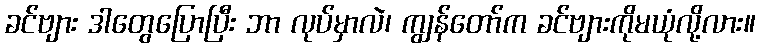
ခင်ဗျား ဒါတွေပြောပြီး ဘာ လုပ်မှာလဲ၊ ကျွန်တော်က ခင်ဗျားကိုမယုံလို့လား။